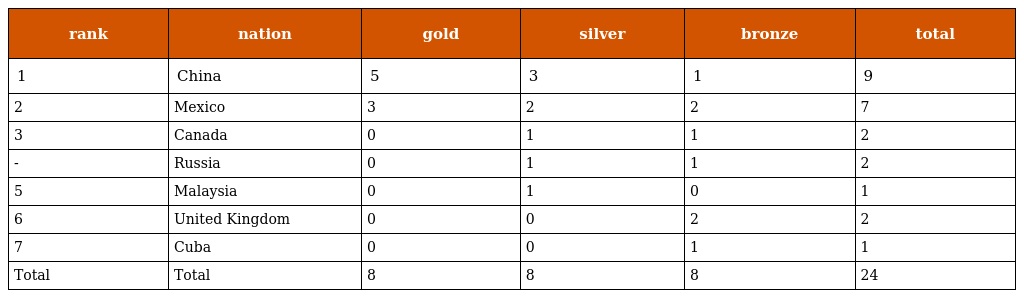
| rank | nation | gold | silver | bronze | total |
 | --- | --- | --- | --- | --- | --- |
 | 1 | China | 5 | 3 | 1 | 9 |
 | 2 | Mexico | 3 | 2 | 2 | 7 |
 | 3 | Canada | 0 | 1 | 1 | 2 |
 | - | Russia | 0 | 1 | 1 | 2 |
 | 5 | Malaysia | 0 | 1 | 0 | 1 |
 | 6 | United Kingdom | 0 | 0 | 2 | 2 |
 | 7 | Cuba | 0 | 0 | 1 | 1 |
 | Total | Total | 8 | 8 | 8 | 24 |